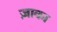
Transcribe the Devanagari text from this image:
ज़ाका